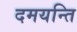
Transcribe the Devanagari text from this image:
दमयन्ति